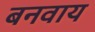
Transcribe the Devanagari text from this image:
बनवाय